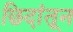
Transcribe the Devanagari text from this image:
छिदांतून